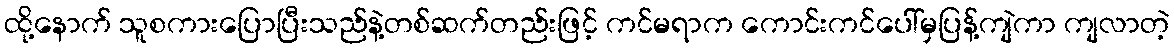
ထို့နောက် သူစကားပြောပြီးသည်နဲ့တစ်ဆက်တည်းဖြင့် ကင်မရာက ကောင်းကင်ပေါ်မှပြန့်ကျဲကာ ကျလာတဲ့